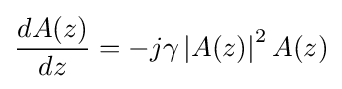
{\frac {dA(z)}{dz}}=-j\gamma \left|A(z)\right|^{2}A(z)